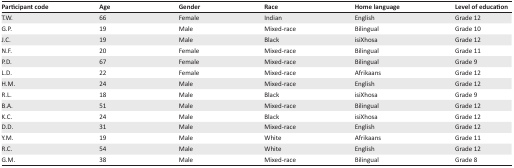
| Participant code | Age | Gender | Race | Home language | Level of education |
 | --- | --- | --- | --- | --- | --- |
 | T.W. | 66 | Female | Indian | English | Grade 12 |
 | G.P. | 19 | Male | Mixed-race | Bilingual | Grade 10 |
 | J.C. | 19 | Male | Black | isiXhosa | Grade 12 |
 | N.F. | 20 | Female | Mixed-race | Bilingual | Grade 11 |
 | P.D. | 67 | Female | Mixed-race | Bilingual | Grade 9 |
 | L.D. | 22 | Female | Mixed-race | Afrikaans | Grade 12 |
 | H.M. | 24 | Male | Mixed-race | English | Grade 12 |
 | R.L. | 18 | Male | Black | isiXhosa | Grade 9 |
 | B.A. | 51 | Male | Mixed-race | Bilingual | Grade 12 |
 | K.C. | 24 | Male | Black | isiXhosa | Grade 12 |
 | D.D. | 31 | Male | Mixed-race | English | Grade 12 |
 | Y.M. | 19 | Male | White | Afrikaans | Grade 11 |
 | R.C. | 54 | Male | White | English | Grade 12 |
 | G.M. | 38 | Male | Mixed-race | Bilingual | Grade 8 |